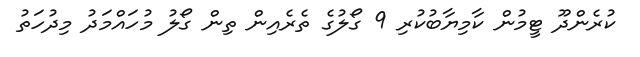
ކުރެންދޫ ޓީމުން ކާމިޔާބުކުރި 9 ގޯލުގެ ތެރެއިން ތިން ގޯލު މުހައްމަދު މިދުހަތު